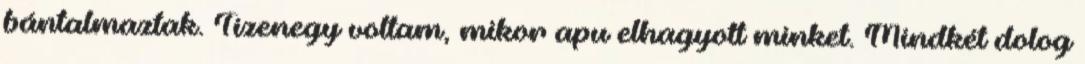
bántalmaztak. Tizenegy voltam, mikor apu elhagyott minket. Mindkét dolog